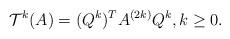
LaTeX: \begin{align*}\mathcal{T}^{k}(A)=(Q^{k})^{T} A^{(2k)}Q^{k}, k\geq0.\end{align*}